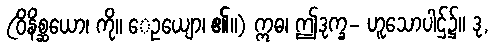
(ဝိနိစ္ဆယော၊ ကို။ ေဥယျော၊ ၏။) ဣဓ၊ ဤဒုက္ခ- ဟူသောပါဌ်၌။ ဒု,